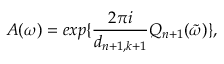
A ( \omega ) = e x p \{ \frac { 2 \pi i } { d _ { n + 1 , k + 1 } } Q _ { n + 1 } ( \tilde { \omega } ) \} ,